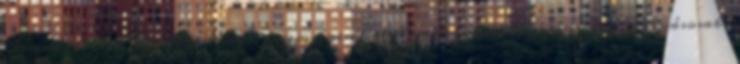
Demokratikus Párt főtitkára, a nemrégen hatalomra jutott kormány legbefolyásosabb